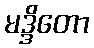
မဒ္ဒိတော